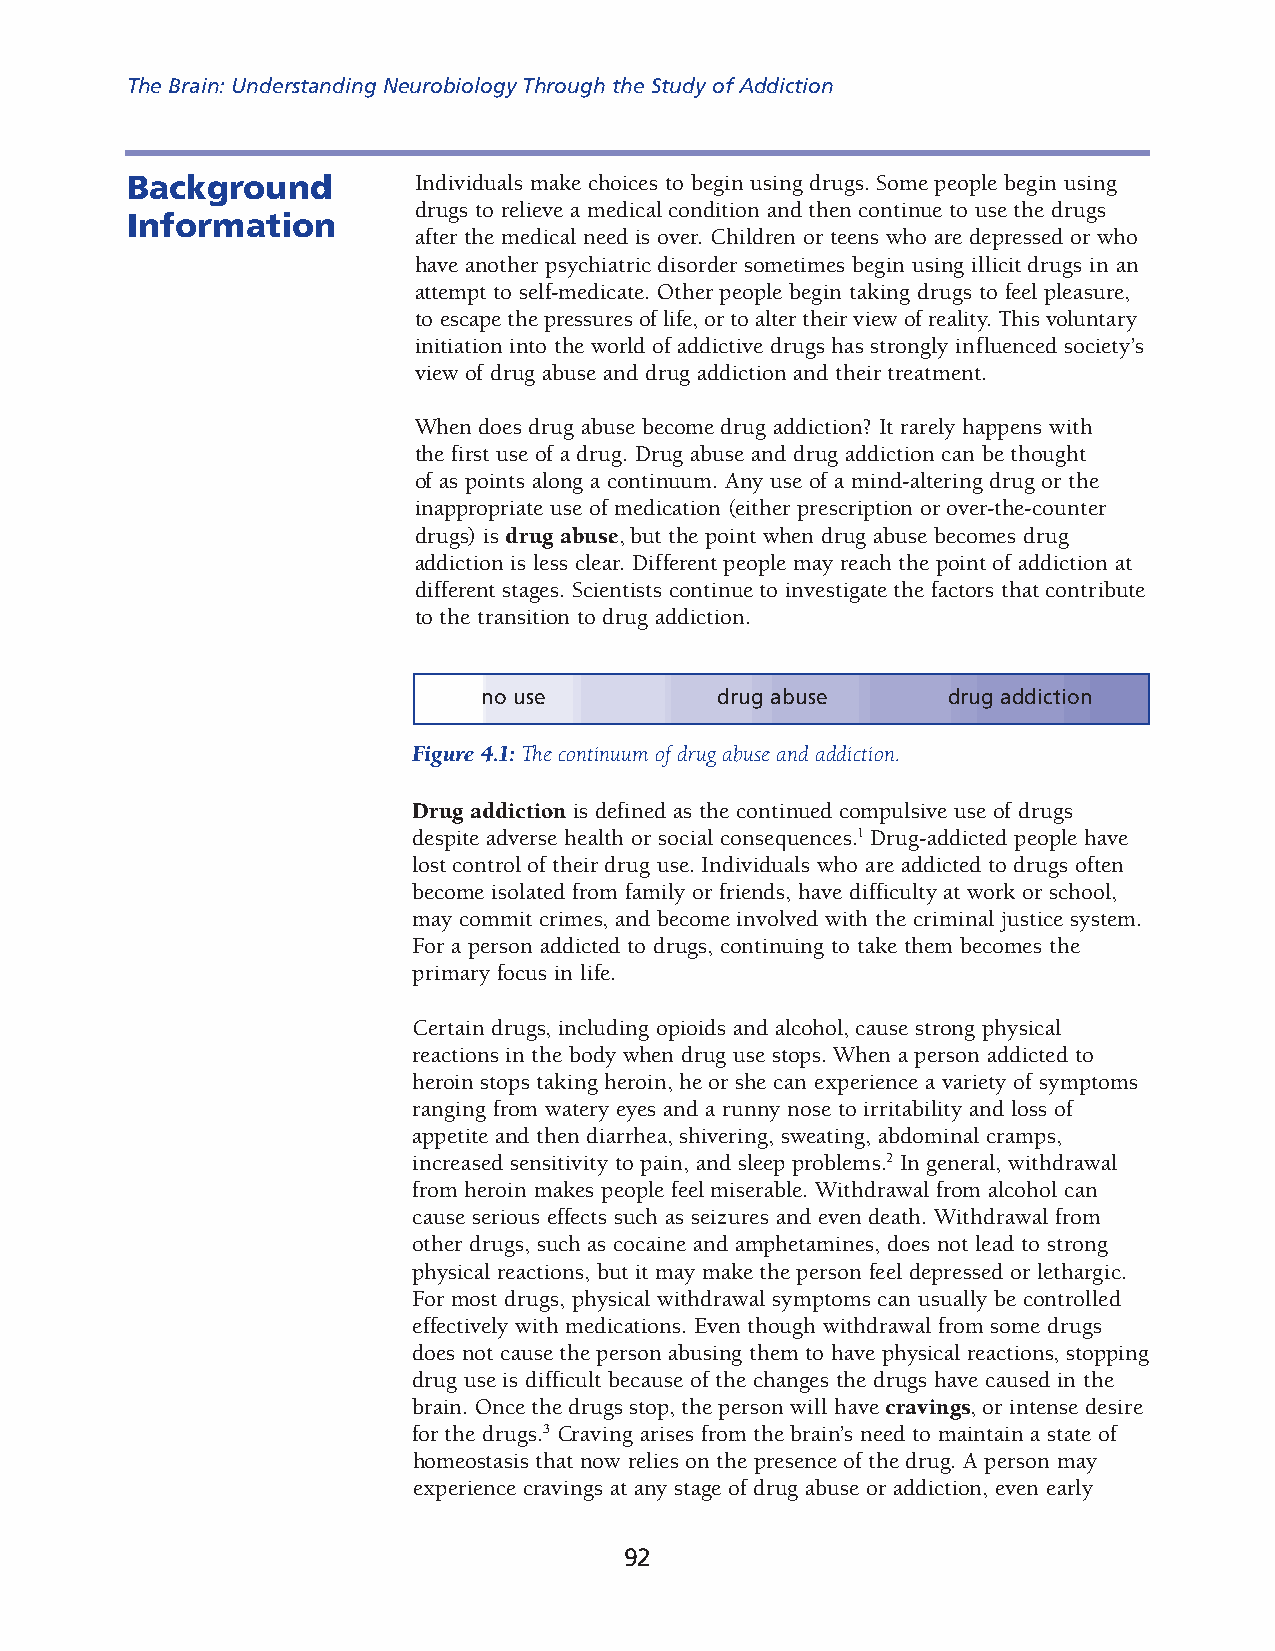
The Brain: Understanding Neurobiology Through the Study of Addiction
 Background         Individuals make choices to begin using drugs. Some people begin using
 drugs to relieve a medical condition and then continue to use the drugs
 Information
 after the med ical need is over. Children or teens who are depressed or who
 have another psychiatric disorder sometimes begin using illicit drugs in an
 attempt to self-medicate. Other people begin taking drugs to feel pleasure,
 to escape the pressures of life, or to alter their view of reality. This voluntary
 initiation into the world of addictive drugs has strongly influenced society’s
 view of drug abuse and drug addiction and their treatment.
 When does drug abuse become drug addiction? It rarely happens with
 the first use of a drug. Drug abuse and drug addiction can be thought
 of as points along a continuum. Any use of a mind-altering drug or the
 inappropri ate use of medication (either prescription or over-the-counter
 drugs) is drug abuse, but the point when drug abuse becomes drug
 addiction is less clear. Dif ferent people may reach the point of addiction at
 different stages. Scien tists continue to investigate the factors that contribute
 to the transition to drug addiction.
 no use         drug abuse      drug addiction
 Figure 4.1: The continuum of drug abuse and addiction.
 Drug addiction is defined as the continued compulsive use of drugs
 despite adverse health or social consequences.1 Drug-addicted people have
 lost cont rol of their drug use. Individuals who are addicted to drugs often
 become isol ated from family or friends, have difficulty at work or school,
 may commit crimes, and become involved with the criminal justice system.
 For a person addicted to drugs, continuing to take them becomes the
 primary focus in life.
 Certain drugs, including opioids and alcohol, cause strong physical
 reactions in the body when drug use stops. When a person addicted to
 heroin stops taking heroin, he or she can experience a variety of symptoms
 ranging from watery eyes and a runny nose to irritability and loss of
 appetite and then diarrhea, shivering, sweating, abdominal cramps,
 increased sensitivity to pain, and sleep problems.2 In general, withdrawal
 from heroin makes people feel miserable. Withdrawal from alcohol can
 cause serious effects such as seizures and even death. Withd rawal from
 other drugs, such as cocaine and amphetamines, does not lead to strong
 physical reactions, but it may make the person feel depressed or lethargic.
 For most drugs, physical withdrawal symptoms can usually be controlled
 effectively with medications. Even though withdrawal from some drugs
 does not cause the person abusing them to have physical reactions, stopping
 drug use is difficult because of the changes the drugs have caused in the
 brain. Once the drugs stop, the person will have cravings, or intense desire
 for the drugs.3 Craving arises from the brain’s need to maintain a state of
 homeostasis that now relies on the presence of the drug. A person may
 experience cravings at any stage of drug abuse or addiction, even early
 92